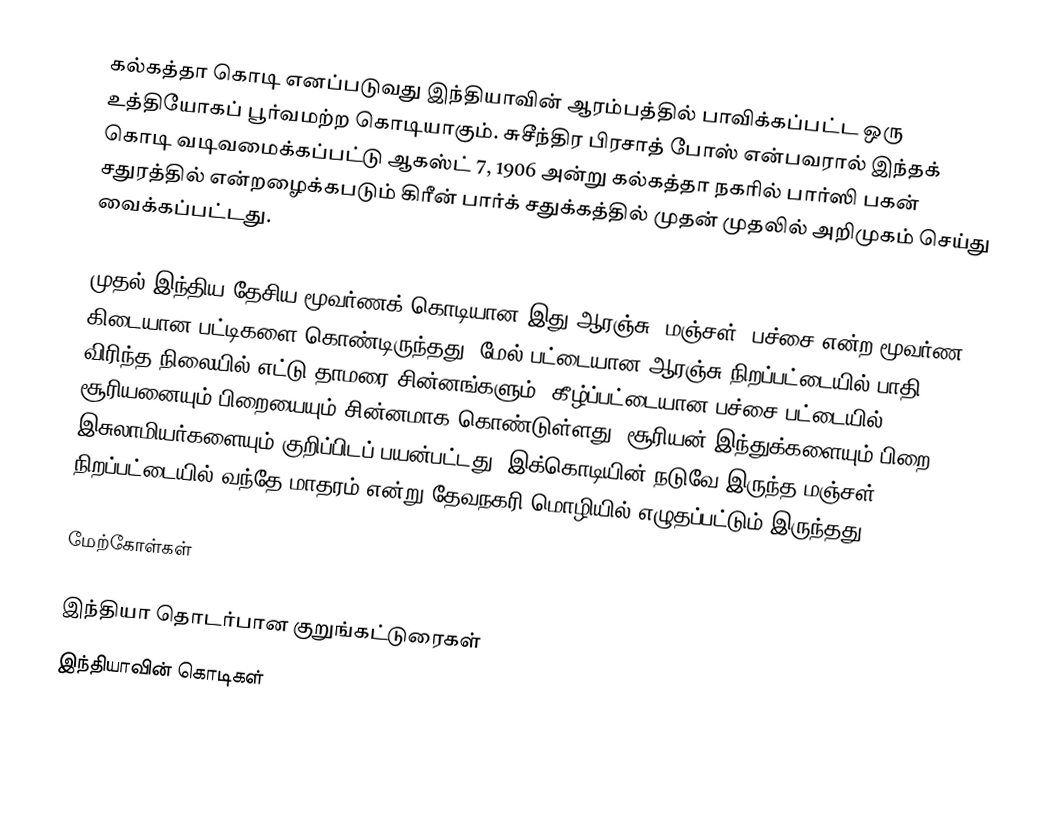
கல்கத்தா கொடி எனப்படுவது இந்தியாவின் ஆரம்பத்தில் பாவிக்கப்பட்ட ஒரு உத்தியோகப் பூர்வமற்ற கொடியாகும். சுசீந்திர பிரசாத் போஸ் என்பவரால் இந்தக் கொடி வடிவமைக்கப்பட்டு ஆகஸ்ட் 7, 1906 அன்று கல்கத்தா நகரில் பார்ஸி பகன் சதுரத்தில் என்றழைக்கபடும் கிரீன் பார்க் சதுக்கத்தில் முதன் முதலில் அறிமுகம் செய்து வைக்கப்பட்டது.

முதல் இந்திய தேசிய மூவர்ணக் கொடியான இது ஆரஞ்சு, மஞ்சள், பச்சை என்ற மூவர்ண கிடையான பட்டிகளை கொண்டிருந்தது. மேல் பட்டையான ஆரஞ்சு நிறப்பட்டையில் பாதி விரிந்த நிலையில் எட்டு தாமரை சின்னங்களும், கீழ்ப்பட்டையான பச்சை பட்டையில் சூரியனையும் பிறையையும் சின்னமாக கொண்டுள்ளது. சூரியன் இந்துக்களையும் பிறை இசுலாமியர்களையும் குறிப்பிடப் பயன்பட்டது. இக்கொடியின் நடுவே இருந்த மஞ்சள் நிறப்பட்டையில் வந்தே மாதரம் என்று தேவநகரி மொழியில் எழுதப்பட்டும் இருந்தது.

மேற்கோள்கள்

இந்தியா தொடர்பான குறுங்கட்டுரைகள்
இந்தியாவின் கொடிகள்